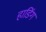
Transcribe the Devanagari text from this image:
हाडिंग